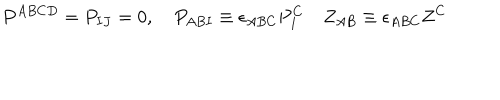
LaTeX: P ^ { A B C D } = P _ { I J } = 0 , \quad P _ { A B I } \equiv \epsilon _ { A B C } P _ { I } ^ { C } \quad Z _ { A B } \equiv \epsilon _ { A B C } Z ^ { C }